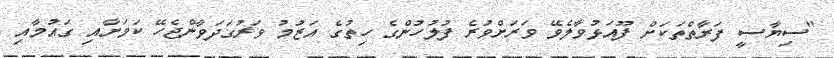
"ސިޔާސީ ފަރާތްތަކަށް ފޫއަޅުވާލެވޭ ވަރަށްވުރެ ފުލުހުންގެ ހިތުގެ އަޒުމު ވަރުގަދަވާންޖެހޭ ކަމަށާއި ގައުމާއި